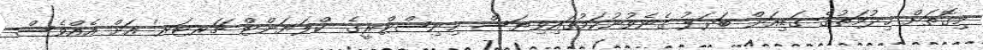
މިގޮތަށް ޚިދުމަތުގެ ގަޑިއަށް ބަދަލު ގެނެވުނުކަމުގައިވިޔަސް މިނިސްޓްރީގެ 'ކްލަޔަންޓް ޗަރޓަރ' އަށް އެއްވެސް